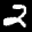
Label: 2